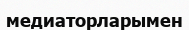
медиаторларымен